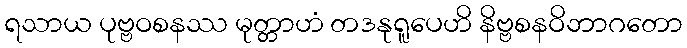
ရသာယ ပုဗ္ဗဝစနဿ မုတ္တာဟံ တဒနုရူပေဟိ နိဗ္ဗစနဝိဘာဂတော